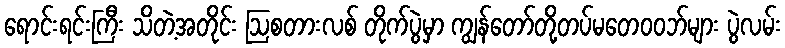
ရောင်းရင်းကြီး သိတဲ့အတိုင်း ဩစတားလစ် တိုက်ပွဲမှာ ကျွန်တော်တို့တပ်မတေဝဝဘ်များ ပွဲလမ်း